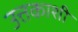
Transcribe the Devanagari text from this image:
उत्तकाशी